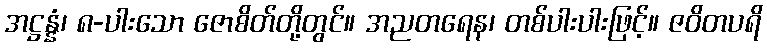
အဋ္ဌန္နံ၊ ၈-ပါးသော ဇောစိတ်တို့တွင်။ အညတရေန၊ တစ်ပါးပါးဖြင့်။ ဇဝိတပရိ